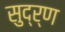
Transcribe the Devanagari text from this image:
सुद्र्ण